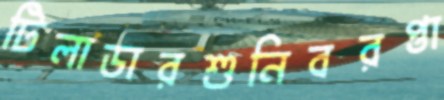
টিলাডারশুনিবরপ্তা